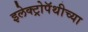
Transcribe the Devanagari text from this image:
इलेक्ट्रोपॅथीच्या